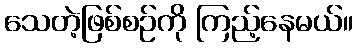
သေတဲ့ဖြစ်စဉ်ကို ကြည့်နေမယ်။